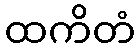
ထကိတံ